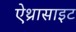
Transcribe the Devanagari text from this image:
ऐथ्रासाइट